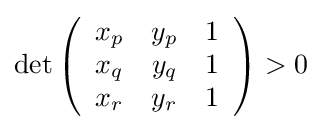
\det \left({\begin{array}{ccc}x_{p}&y_{p}&1\\x_{q}&y_{q}&1\\x_{r}&y_{r}&1\end{array}}\right)>0